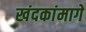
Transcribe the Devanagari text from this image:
खंदकांमागे